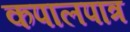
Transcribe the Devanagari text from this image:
कपालपात्र